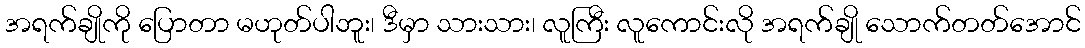
အရက်ချိုကို ပြောတာ မဟုတ်ပါဘူး၊ ဒီမှာ သားသား၊ လူကြီး လူကောင်းလို အရက်ချို သောက်တတ်အောင်